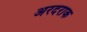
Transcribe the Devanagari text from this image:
अरदराक